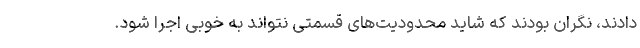
دادند، نگران بودند که شاید محدودیت‌های قسمتی نتواند به خوبی اجرا شود.